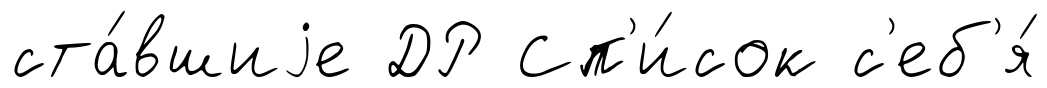
ста́вшиjе ДР Сп'и́сок с'еб'я́